Senior Leaving Certificate Examination (including Day School Certificate (Higher) General paper), 1946
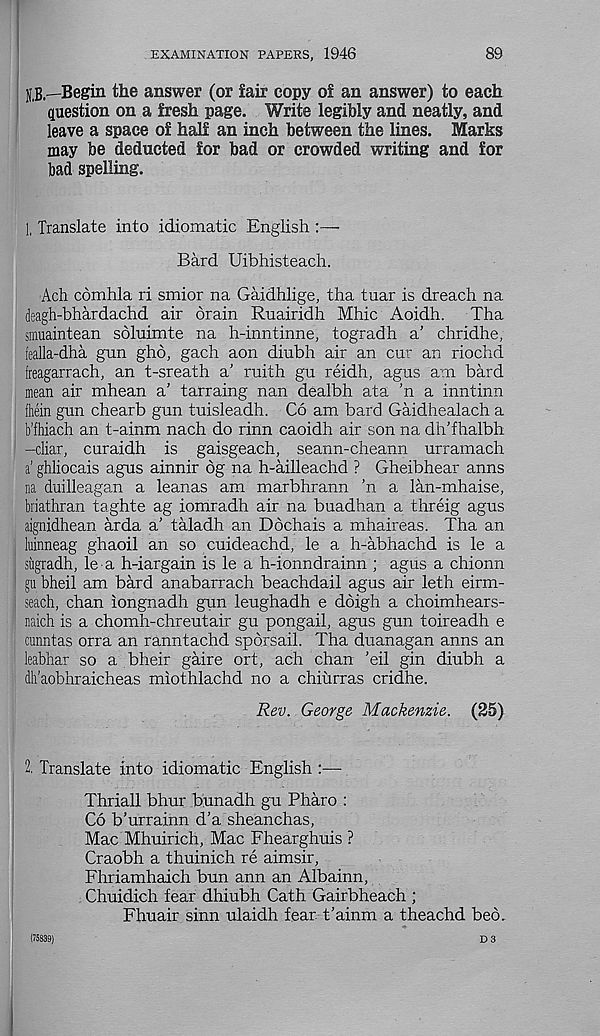
EXAMINATION PAPERS, 1946
89
UB.—Begin the answer (or fair copy of an answer) to each
question on a fresh page. Write legibly and neatly, and
leave a space of half an inch between the lines. Marks
may be deducted for bad or crowded writing and for
bad spelling.
1, Translate into idiomatic English :—
Bard Uibhisteach.
Ach comhla ri smior na Gaidhlige, tha tuar is dreach na
deagh-bhardachd air drain Ruairidh Mhic Aoidh.
Tha
smuaintean sdluimte na h-inntinne, togradh a’ chridhe,
fealla-dha gun ghd, gach aon diubh air an cur an riochd
freagarrach, an t-sreath a’ ruith gu reidh, agus am bard
mean air mhean a’ tarraing nan dealbh ata 'n a inntinn
fhein gun chearb gun tuisleadh. Co am bard Gaidhealach a
b’fhiach an t-ainm nach do rinn caoidh air son na dh'fhalbh
-cliar, curaidh is gaisgeach, seann-cheann urramach
a’ ghliocais agus ainnir 6g na h-ailleachd ? Gheibhear anns
na duilleagan a leanas am marbhrann ’n a lan-mhaise,
briathran taghte ag iomradh air na buadhan a threig agus
aignidhean arda a' taladh an Ddchais a mhaireas. Tha an
luinneag ghaoil an so cuideachd, le a h-abhachd is le a
sugradh, le a h-iargain is le a h-ionndrainn ; agus a chionn
gu bheil am bard anabarrach beachdail agus air leth eirm-
seach, chan iongnadh gun leughadh e ddigh a choimhears-
naich is a chomh-chreutair gu pongail, agus gun toireadh e
cunntas orra an ranntachd spdrsail. Tha duanagan anns an
leabhar so a bheir gaire ort, ach chan ’eil gin diubh a
dh’aobhraicheas miothlachd no a chiurras cridhe.
Rev. George Mackenzie. (25)
2. Translate into idiomatic English :—
Thriall bhur bunadh gu Pharo :
Co b’urrainn d'a sheanchas,
Mac Mhuirich, Mac Fhearghuis ?
Craobh a thuinich re aimsir,
Fhriamhaich bun ann an Albainn,
Chuidich fear dhiubh Cath Gairbheach ;
Fhuair sinn ulaidh fear t'ainm a theachd bed.
(75839)
D 3